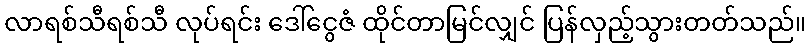
လာရစ်သီရစ်သီ လုပ်ရင်း ဒေါ်ငွေဇံ ထိုင်တာမြင်လျှင် ပြန်လှည့်သွားတတ်သည်။